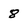
Character: 8